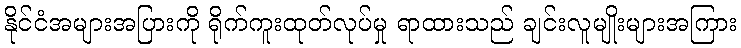
နိုင်ငံအများအပြားကို ရိုက်ကူးထုတ်လုပ်မှု ရာထားသည် ချင်းလူမျိုးများအကြား